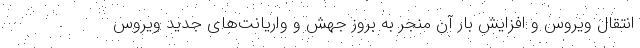
انتقال ویروس و افزایش بار آن منجر به بروز جهش و واریانت‌های جدید ویروس